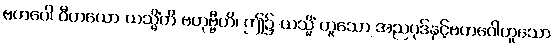
ဗဟဝေါ ဝီဟယော ယသ္မိံတိ ဗဟုဗ္ဗီဟိ၊ ဤ၌ ယသ္မိံ ဟူသော အညပုဒ်နှင့်ဗဟဝေါဟူသော